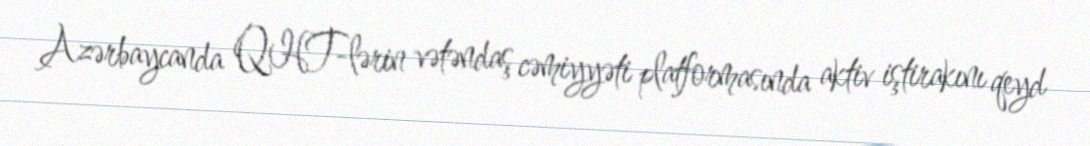
Azərbaycanda QHT-lərin vətəndaş cəmiyyəti platformasında aktiv iştirakını qeyd